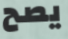
يصح